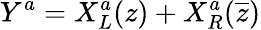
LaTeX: Y^{a}=X_{L}^{a}(z)+X_{R}^{a}(\overline{{{z}}})